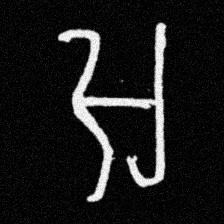
Pyu character \u2014 Myanmar letter: အ (romanized: a)